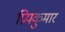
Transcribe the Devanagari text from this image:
प्रियकुमार